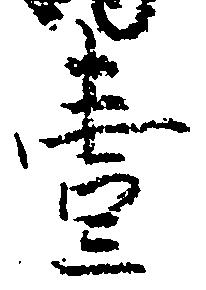
壱